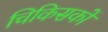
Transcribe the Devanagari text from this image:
चिकिसकों